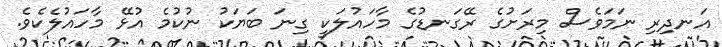
އަނދިރި ނަމަވެސް މިރަށުގެ ރޭގަނޑުގެ މާހައުލަކީ ގިނަ ބަޔަކު ނުކުމެ އުޅޭ މާހައުލެކެވެ.